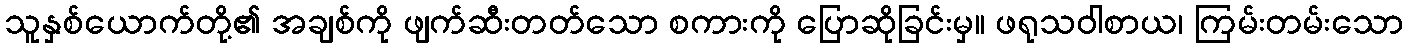
သူနှစ်ယောက်တို့၏ အချစ်ကို ဖျက်ဆီးတတ်သော စကားကို ပြောဆိုခြင်းမှ။ ဖရုသဝါစာယ၊ ကြမ်းတမ်းသော